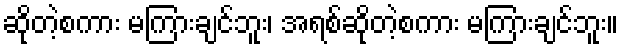
ဆိုတဲ့စကား မကြားချင်ဘူး၊ အရစ်ဆိုတဲ့စကား မကြားချင်ဘူး။